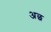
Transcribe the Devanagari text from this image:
अछ